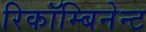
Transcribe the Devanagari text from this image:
रिकॉम्बिनेन्ट